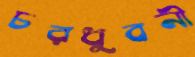
চরধুবনী